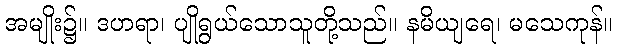
အမျိုး၌။ ဒဟရာ၊ ပျိုရွယ်သောသူတို့သည်။ နမိယျရေ၊ မသေကုန်။